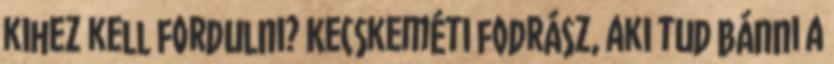
kihez kell fordulni? Kecskeméti fodrász, aki tud bánni a